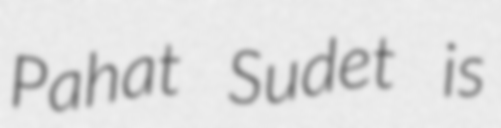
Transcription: Pahat Sudet is